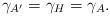
LaTeX: \begin{align*}\gamma_{A'}=\gamma_H=\gamma_A.\end{align*}